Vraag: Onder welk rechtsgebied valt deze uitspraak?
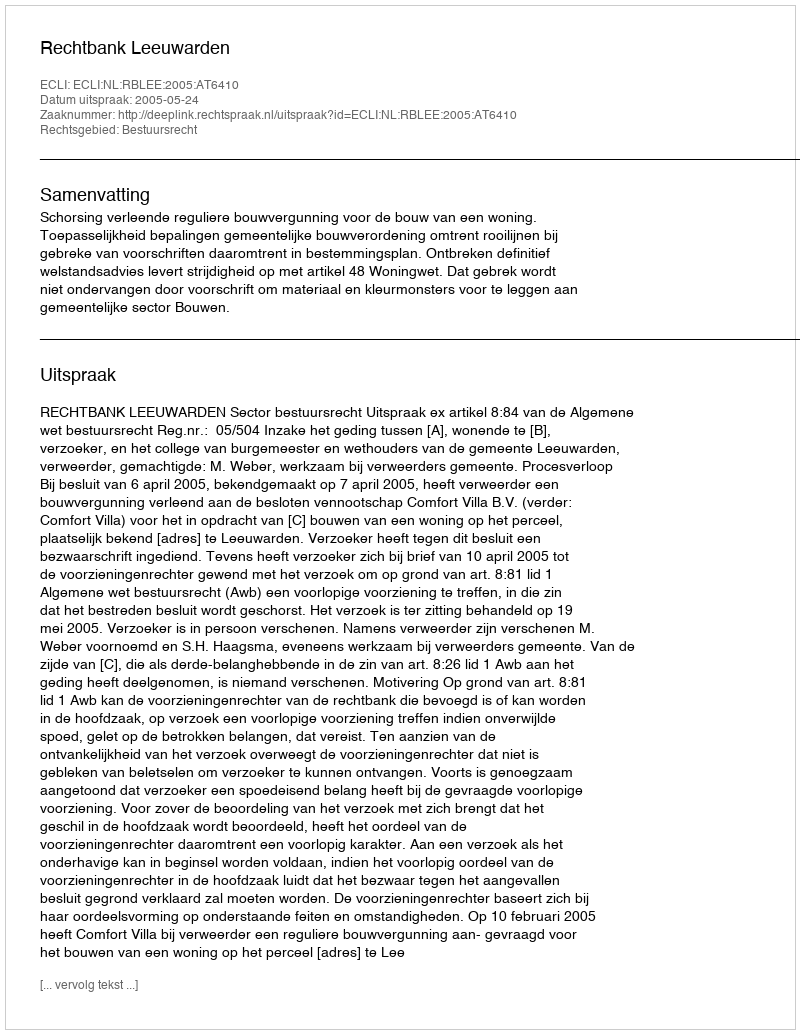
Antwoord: Bestuursrecht